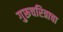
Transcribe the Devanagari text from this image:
गुरूचरित्राचा